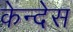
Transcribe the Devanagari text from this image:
केन्देस